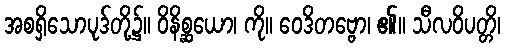
အစရှိသောပုဒ်တို့၌။ ဝိနိစ္ဆယော၊ ကို။ ဝေဒိတဗ္ဗော၊ ၏။ သီလဝိပတ္တိ၊